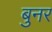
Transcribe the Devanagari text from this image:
बुनर